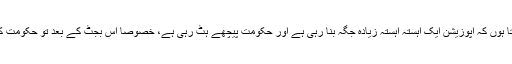
انہوںنے کہاکہ میں سمجھتا ہوں کہ اپوزیشن ایک آہستہ آہستہ زیادہ جگہ بنا رہی ہے اور حکومت پیچھے ہٹ رہی ہے، خصوصا اس بجٹ کے بعد تو حکومت کی مقبولیت ختم ہوگئی ہے۔